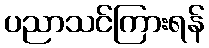
ပညာသင်ကြားရန်